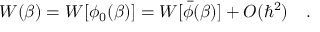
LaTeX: W ( \beta ) = W [ \phi _ { 0 } ( \beta ) ] = W [ \bar { \phi } ( \beta ) ] + O ( \hbar ^ { 2 } ) ~ ~ ~ .